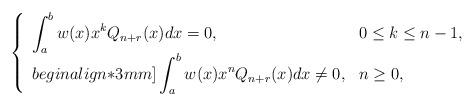
LaTeX: \begin{align*}\left\{ \begin{array}{ll} \displaystyle \int_{a}^{b}w(x)x^{k} Q_{n+r}(x)dx=0, & 0\leq k\leq n-1, \\begin{align*}3mm] \displaystyle \int_{a}^{b}w(x)x^{n} Q_{n+r}(x)dx\neq 0, & n\geq 0, \end{array}\right.\end{align*}